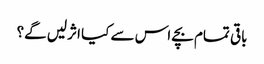
باقی تمام بچے اس سے کیا اثرلیں گے؟